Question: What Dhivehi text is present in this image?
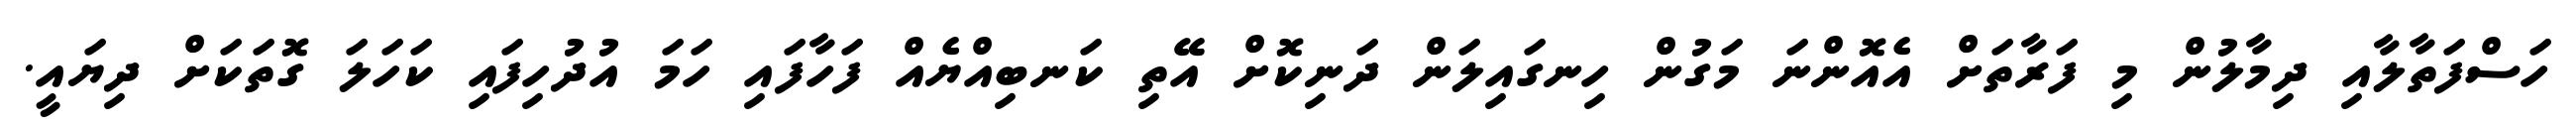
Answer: ހަސްފަތާލާއި ދިމާލުން މި ފަރާތަށް އެއޮންނަ މަގުން ހިނގައިލަން ދަނިކޮށް އޭތި ކަނބިއްޔެއް ފަހާފައި ހަމަ އުދުހިފައި ކަހަލަ ގޮތަކަށް ދިޔައީ.